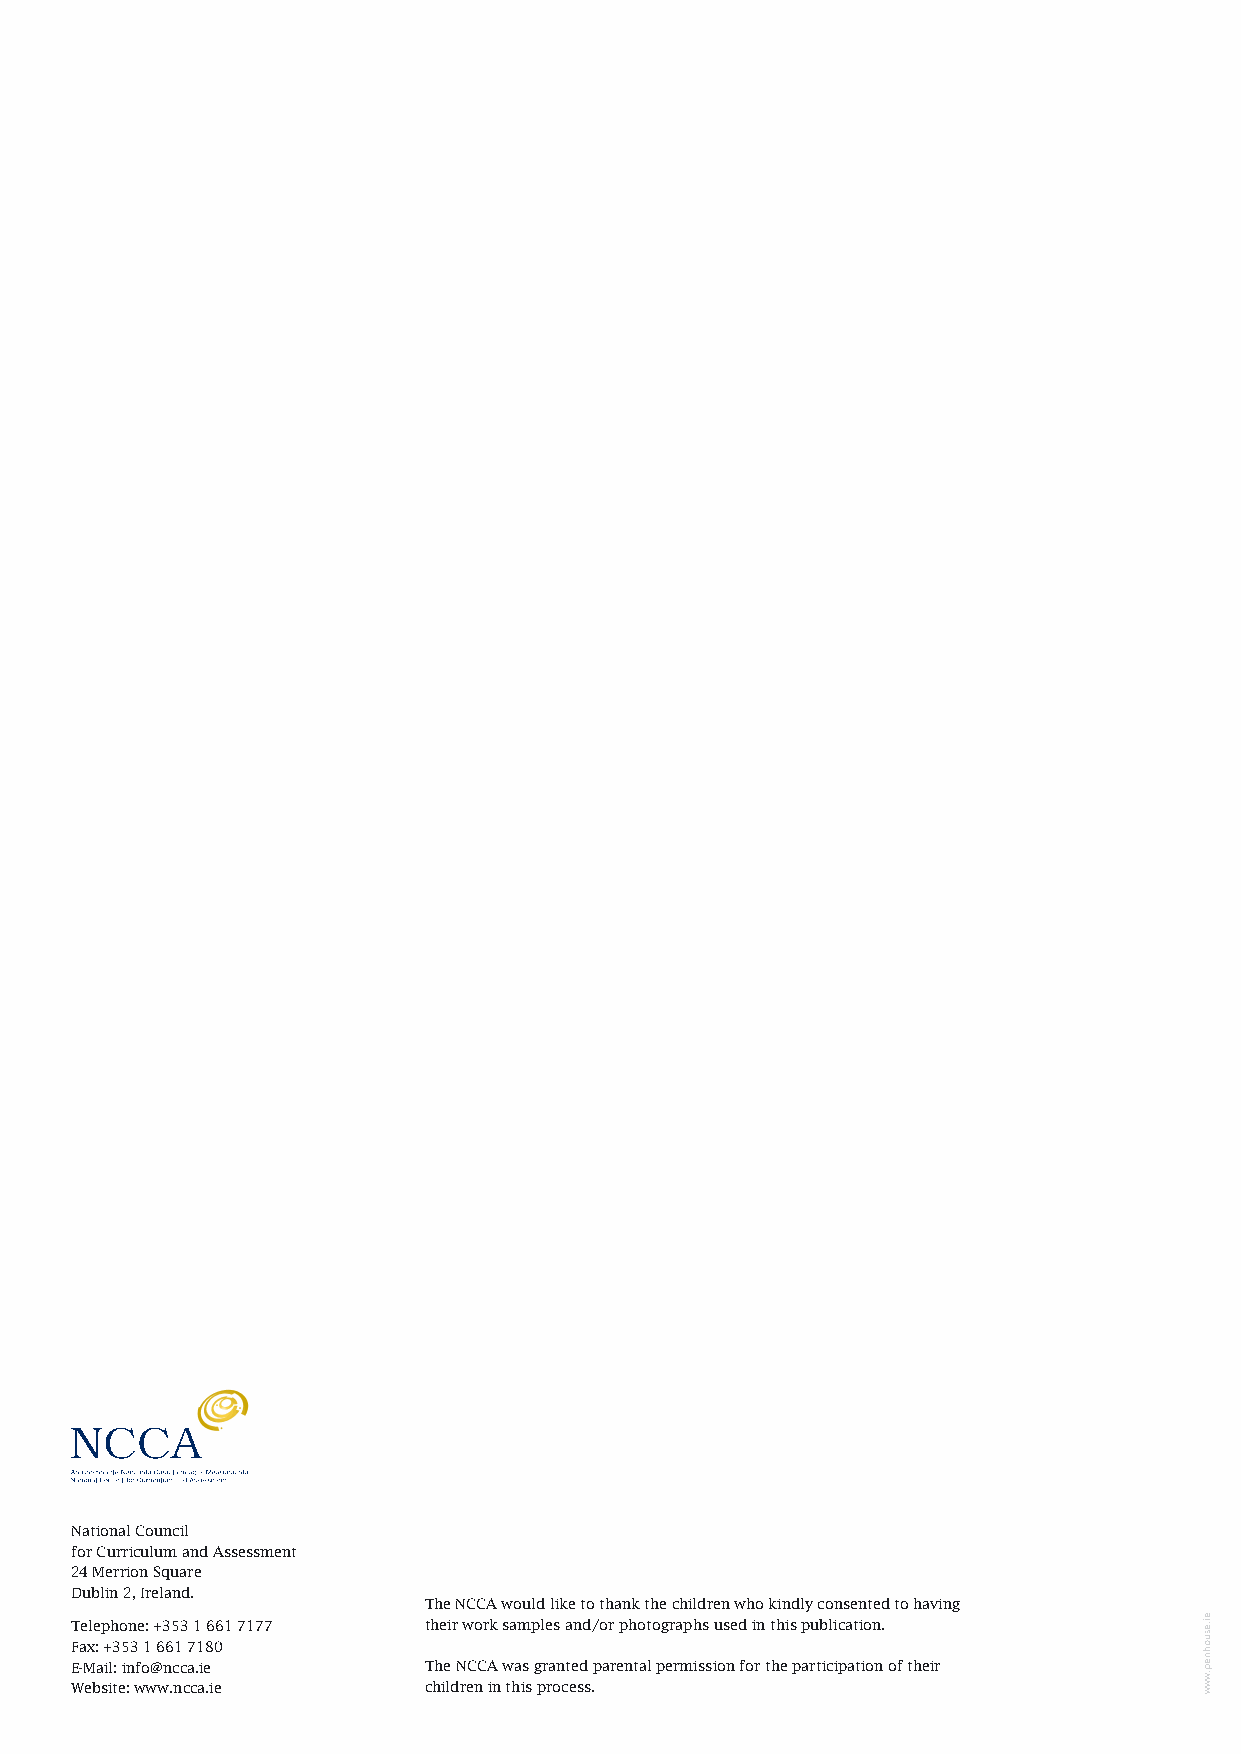
National Council
 for Curriculum and Assessment
 24 Merrion Square
 Dublin 2, Ireland.
 The NCCA would like to thank the children who kindly consented to having
 Telephone: +353 1 661 7177 their work samples and/or photographs used in this publication.
 Fax: +353 1 661 7180
 E-Mail: info@ncca.ie   The NCCA was granted parental permission for the participation of their
 Website: www.ncca.ie   children in this process.
 ei.esuohnep.www